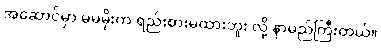
အဆောင်မှာ မမမိုးက ရည်းစားမထားဘူး လို့ နာမည်ကြီးတယ်။